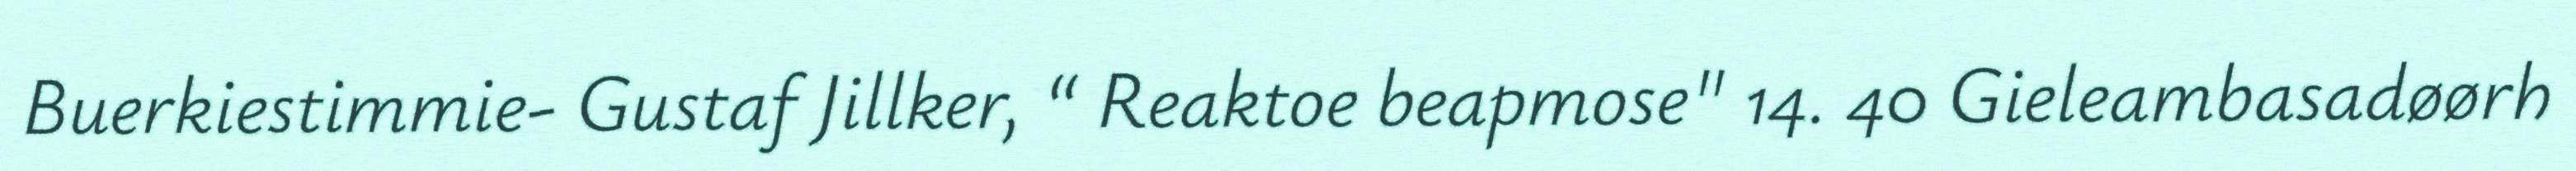
Buerkiestimmie- Gustaf Jillker, “ Reaktoe beapmose" 14. 40 Gieleambasadøørh